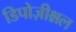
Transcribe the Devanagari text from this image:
डिपोज़ीश्नल